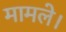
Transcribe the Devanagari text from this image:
मामले।